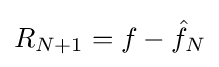
R_{N+1}=f-{\hat {f}}_{N}